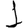
Digit: 1